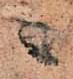
ニ